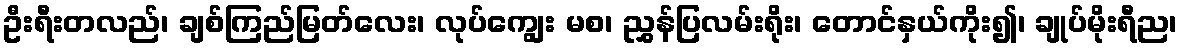
ဦးရီးတလည်၊ ချစ်ကြည်မြတ်လေး၊ လုပ်ကျွေး မစ၊ ညွှန်ပြလမ်းရိုး၊ တောင်နှယ်ကိုး၍၊ ချုပ်မိုးရီည၊